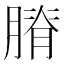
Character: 膌